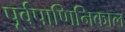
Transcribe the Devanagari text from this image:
पूर्वपाणिनिकाल